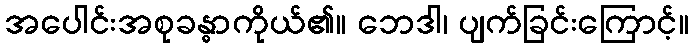
အပေါင်းအစုခန္ဓာကိုယ်၏။ ဘေဒါ၊ ပျက်ခြင်းကြောင့်။